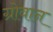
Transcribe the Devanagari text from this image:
ग्रोवान